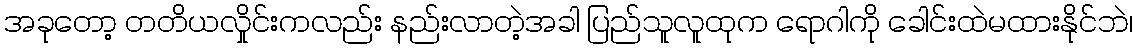
အခုတော့ တတိယလှိုင်းကလည်း နည်းလာတဲ့အခါ ပြည်သူလူထုက ရောဂါကို ခေါင်းထဲမထားနိုင်ဘဲ၊